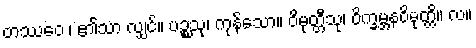
တဿေဝ ၊ ၏သာ လျှင်။ ပဉ္စသု၊ ကုန်သော။ ဝိမုတ္တီသု၊ ဝိက္ခမ္ဘနဝိမုတ္တိ။ လ။